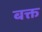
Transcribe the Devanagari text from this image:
बक्त